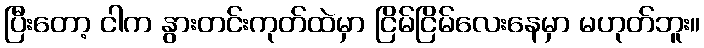
ပြီးတော့ ငါက နွားတင်းကုတ်ထဲမှာ ငြိမ်ငြိမ်လေးနေမှာ မဟုတ်ဘူး။